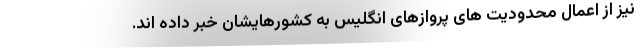
نیز از اعمال محدودیت های پروازهای انگلیس به کشورهایشان خبر داده اند.